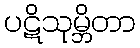
ပဋိသုမ္ဘိတာ